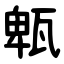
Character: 㼰